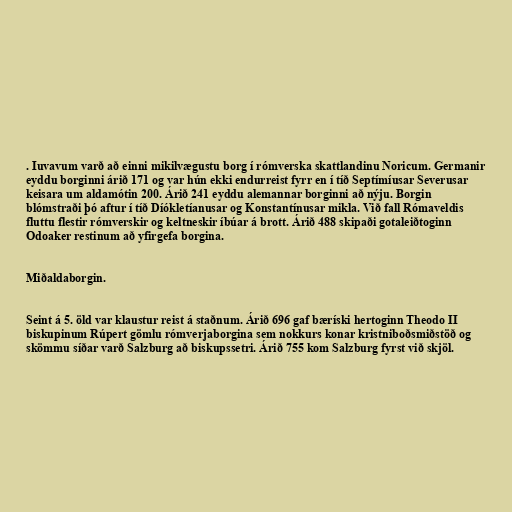
. Iuvavum varð að einni mikilvægustu borg í rómverska skattlandinu Noricum. Germanir
eyddu borginni árið 171 og var hún ekki endurreist fyrr en í tíð Septímíusar Severusar
keisara um aldamótin 200. Árið 241 eyddu alemannar borginni að nýju. Borgin
blómstraði þó aftur í tíð Díókletíanusar og Konstantínusar mikla. Við fall Rómaveldis
fluttu flestir rómverskir og keltneskir íbúar á brott. Árið 488 skipaði gotaleiðtoginn
Odoaker restinum að yfirgefa borgina.

Miðaldaborgin.

Seint á 5. öld var klaustur reist á staðnum. Árið 696 gaf bæríski hertoginn Theodo II
biskupinum Rúpert gömlu rómverjaborgina sem nokkurs konar kristniboðsmiðstöð og
skömmu síðar varð Salzburg að biskupssetri. Árið 755 kom Salzburg fyrst við skjöl.